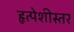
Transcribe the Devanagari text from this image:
हृत्पेशीस्तर